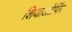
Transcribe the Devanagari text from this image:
शियाओपिंग